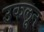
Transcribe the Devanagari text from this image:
उकलून